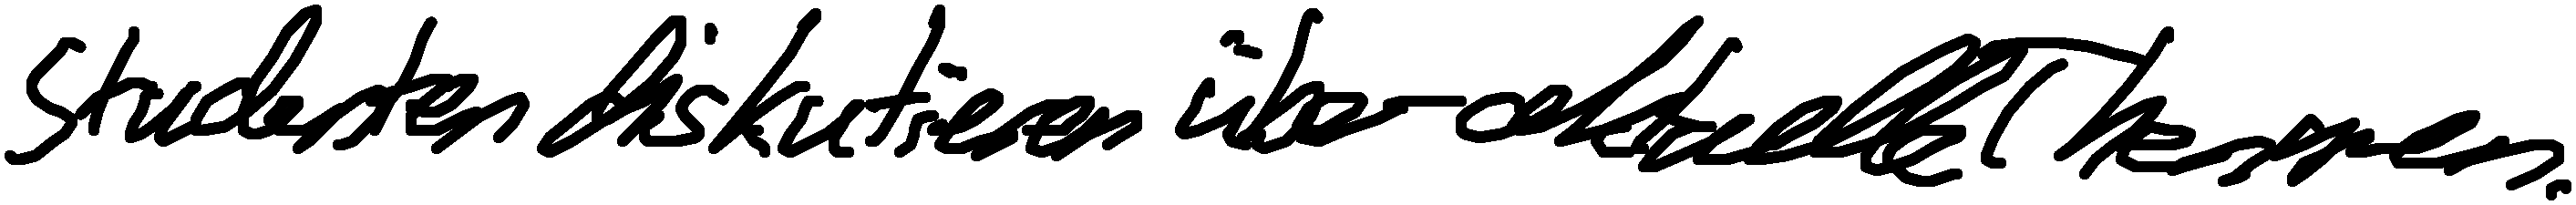
Studenten diskutieren über aktuelle Themen.